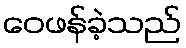
ဝေဖန်ခဲ့သည်